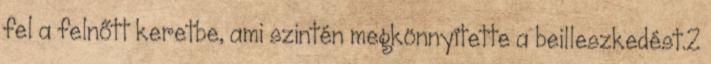
fel a felnőtt keretbe, ami szintén megkönnyítette a beilleszkedést.2